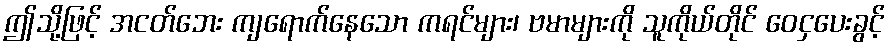
ဤသို့ဖြင့် အငတ်ဘေး ကျရောက်နေသော ကရင်များ၊ ဗမာများကို သူကိုယ်တိုင် ဝေငှပေးခွင့်